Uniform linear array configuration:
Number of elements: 16
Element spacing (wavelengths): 0.75
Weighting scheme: uniform
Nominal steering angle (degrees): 45
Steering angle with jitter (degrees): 44.504
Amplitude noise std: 0.05
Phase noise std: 0.05

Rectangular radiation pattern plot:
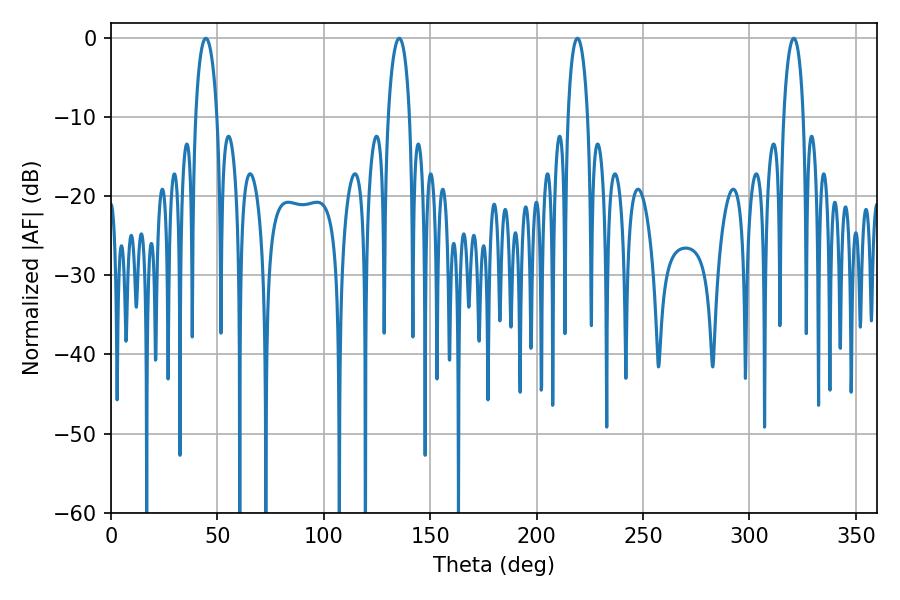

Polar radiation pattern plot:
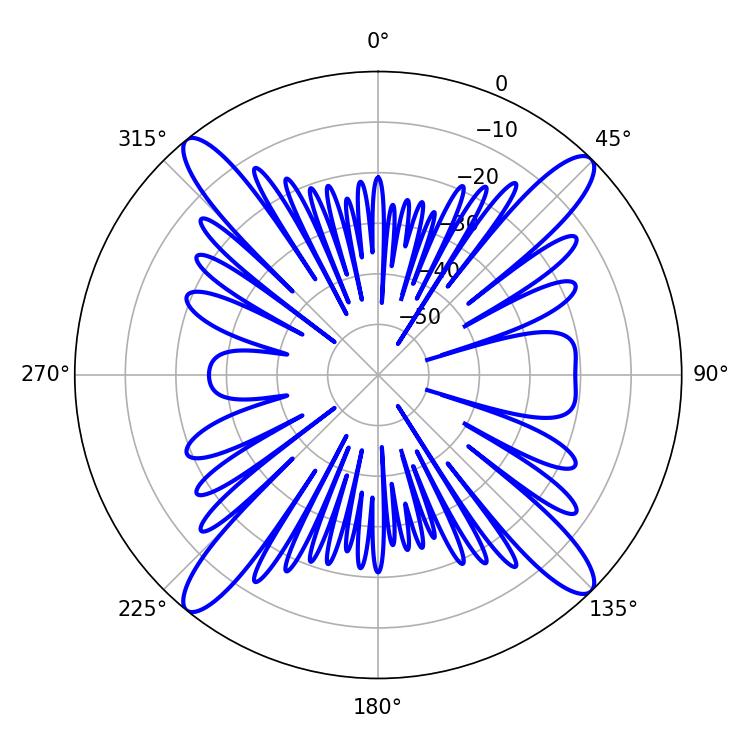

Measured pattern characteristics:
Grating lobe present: TRUE
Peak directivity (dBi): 18.212
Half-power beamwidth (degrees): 5.76
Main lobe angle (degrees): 44.64